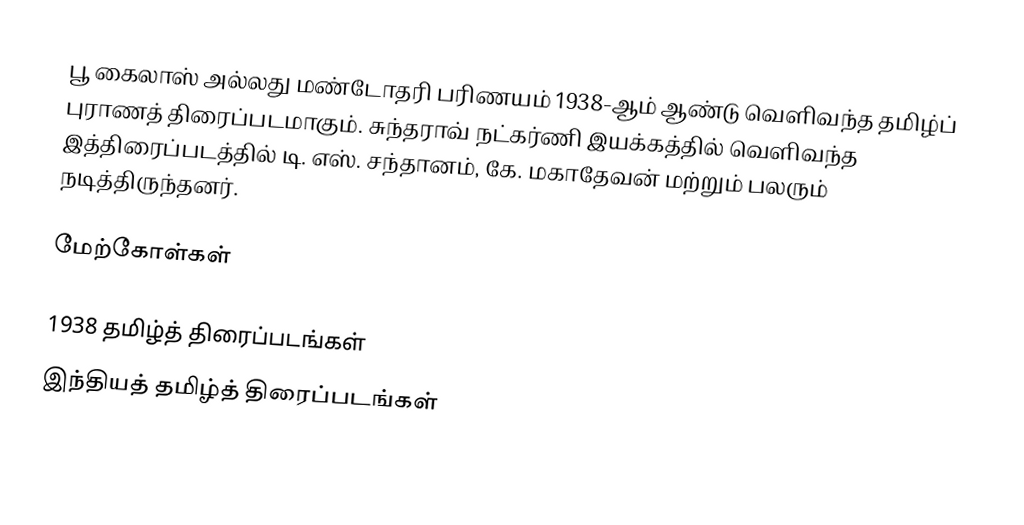
பூ கைலாஸ் அல்லது மண்டோதரி பரிணயம் 1938-ஆம் ஆண்டு வெளிவந்த தமிழ்ப் புராணத் திரைப்படமாகும். சுந்தராவ் நட்கர்ணி இயக்கத்தில் வெளிவந்த இத்திரைப்படத்தில் டி. எஸ். சந்தானம், கே. மகாதேவன் மற்றும் பலரும் நடித்திருந்தனர்.

மேற்கோள்கள்

1938 தமிழ்த் திரைப்படங்கள்
இந்தியத் தமிழ்த் திரைப்படங்கள்